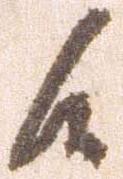
候